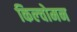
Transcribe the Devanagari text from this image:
किल्चोमन